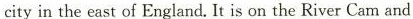
cityin the east of England. It is on the River Cam and